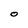
Character: o